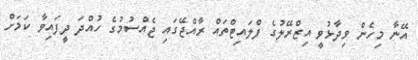
އޭނާ މިހެން ވިދާޅުވީ އިޒްރޭލުގެ ފްލައިޓްތައް ރާއްޖޭގައި ޖެއްސުމުގެ ހުއްދަ ދީފައިވާ ކަމަށް